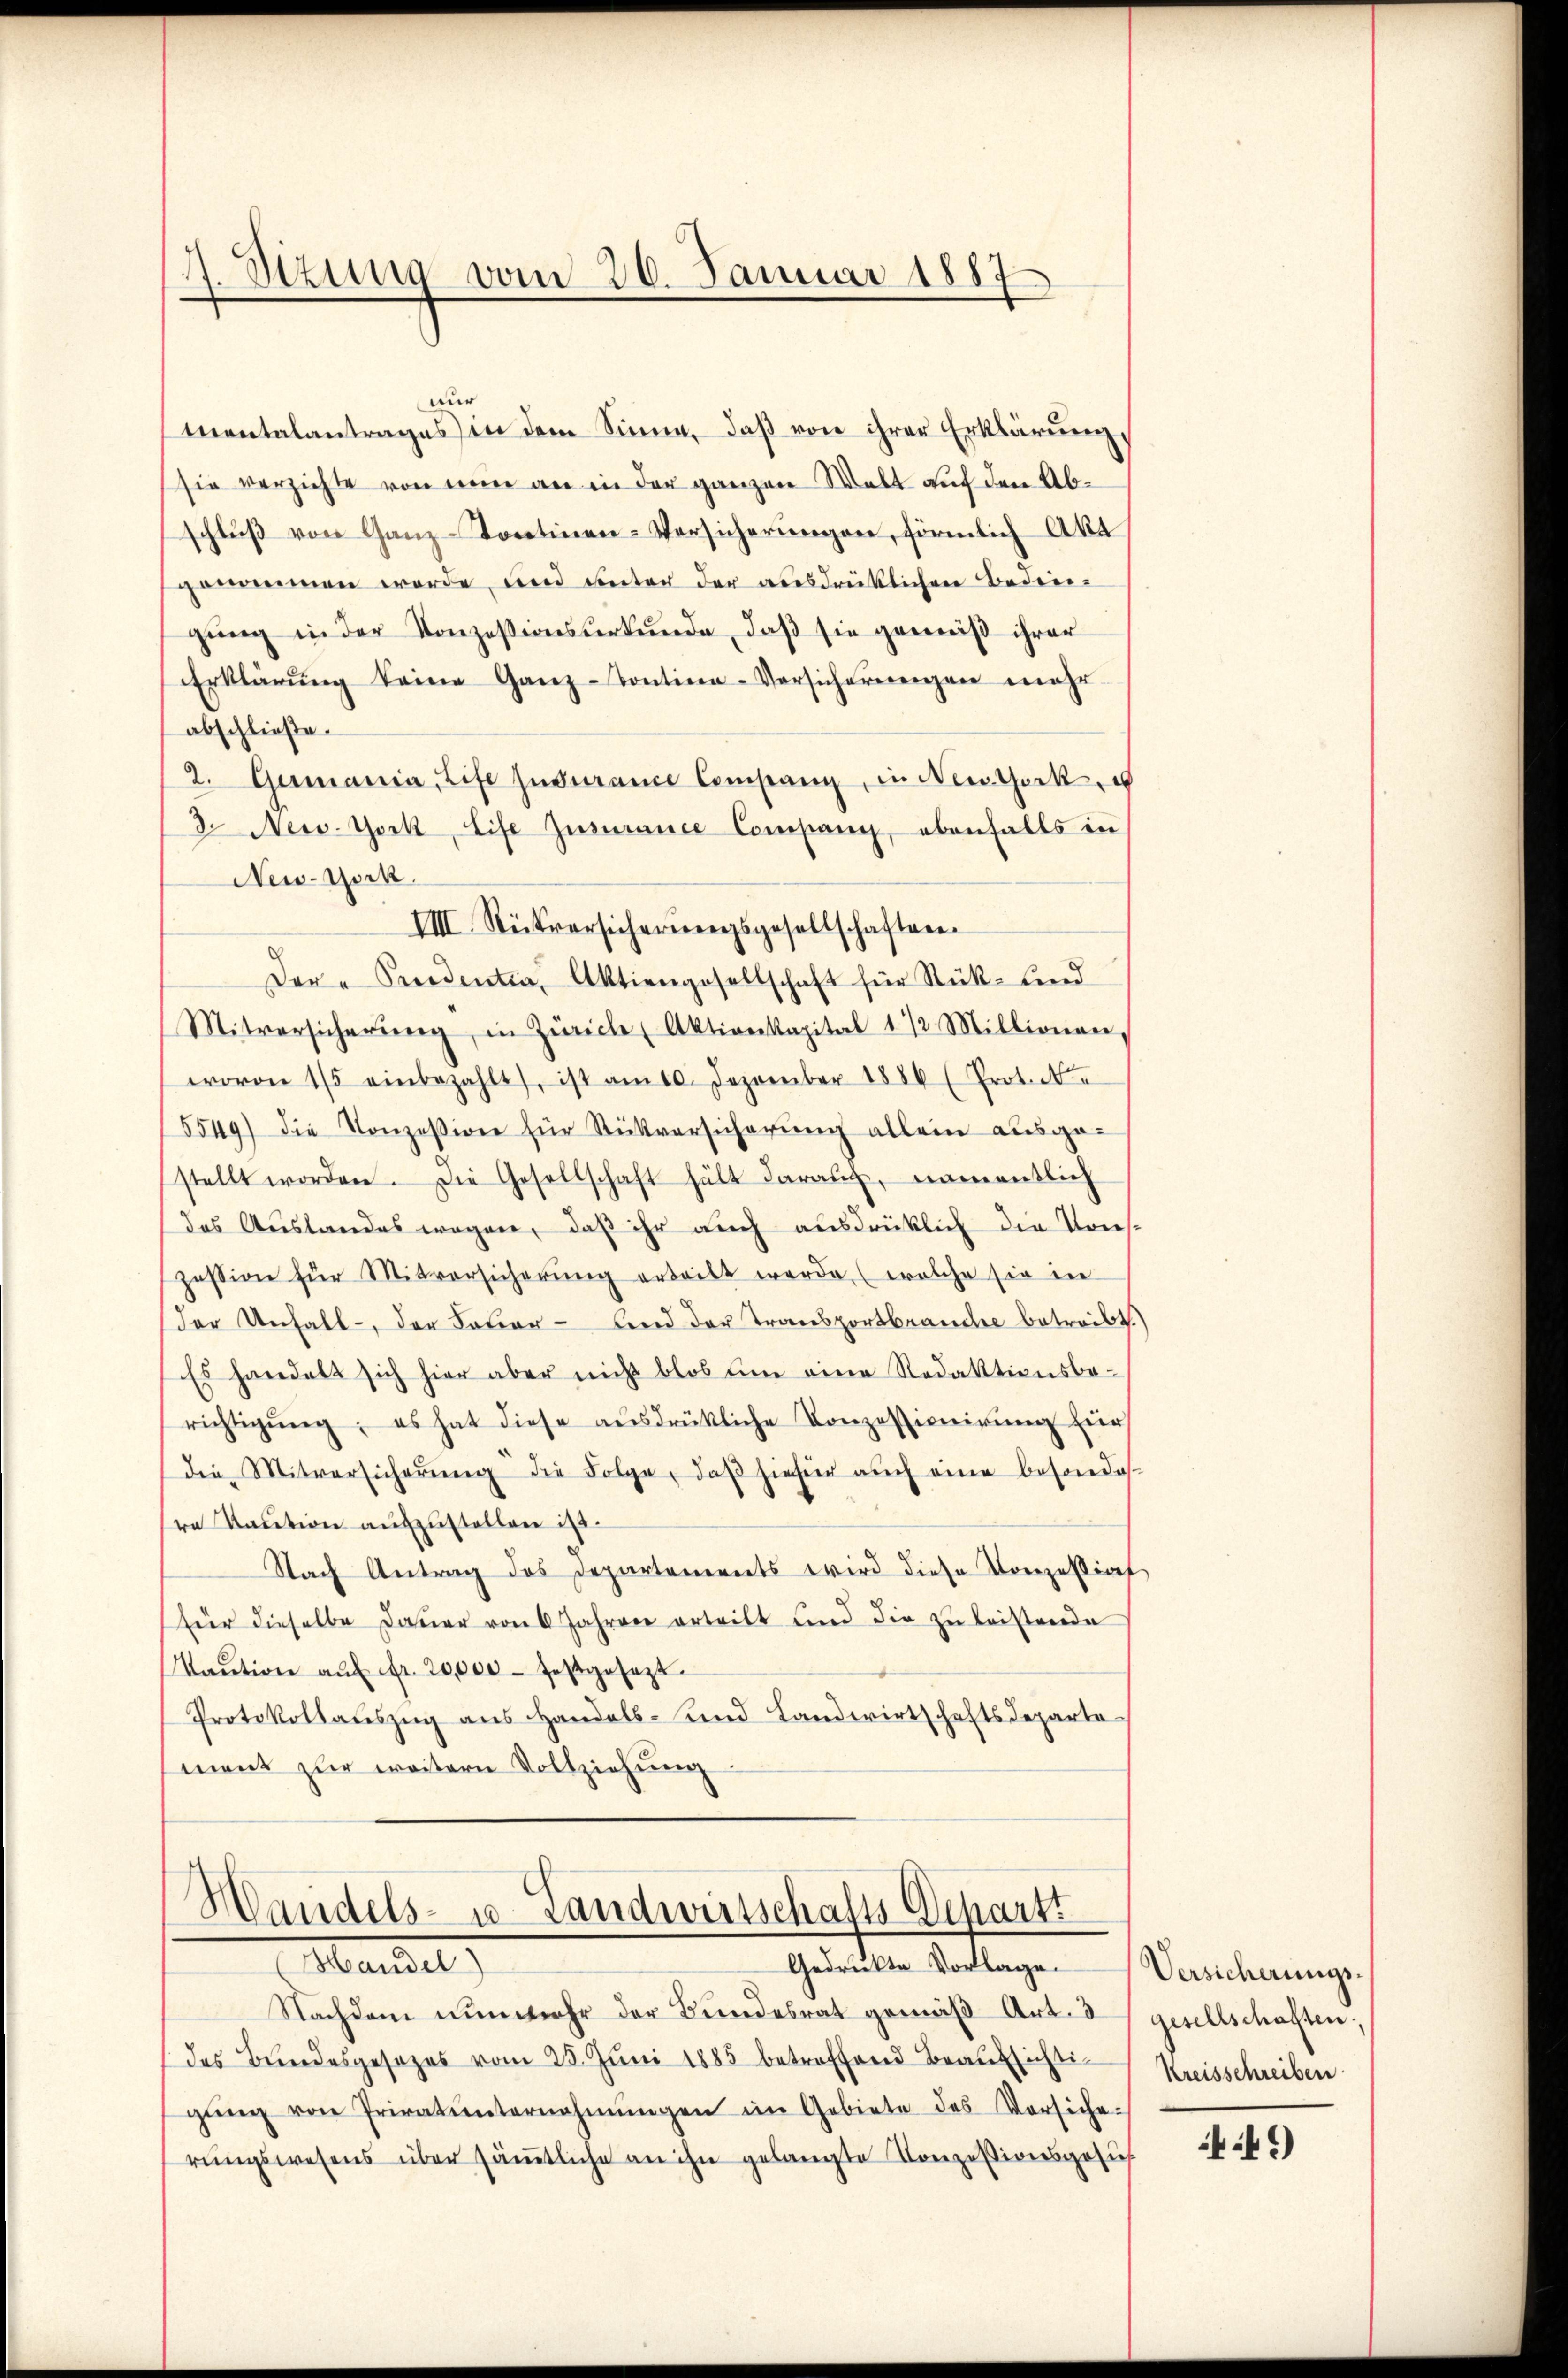
1. Situng vom 26. Januar 1887

nur
mentalantrages in dem Sinne, daβ von ihrer Erklärung
sie verzichte von nun an in der ganzen Welt auf den Abschlŭβ von Ganz-Kontinen-Versicherungen, förmlich Akt
genommen werde, und unter der ausdrücklichen Bediengung in der Konzessionsurkunde, daß sie gemäß ihrer
Erklärŭng keine Ganz-Contien-Versicherweigen mehr
abschließe.
2. Gumania, Life Indurance Constanz, in Neusterku
3 New-York, Life Zusurance Company, ebenfalls in
New-York.
IIII. Rückversicherŭngsgesellschaften.
Der "Preedentia, Aktiengesellschaft für Rück- und
Mitversicherŭng, in Zürich Aktienkapital 1 1/2 Millionen,
wovon 15 einbezahlt, ist am 10. Dezember 1886 (Prote
5549) die Konzession für Stückversicherŭng allein ausge-
stellt worden. Die Gesellschaft hält darauf, namentlich
das Austandes wegen, daß ihr auch ausdrücklich die Kons.
zession für Mitversicherŭng erteilt werde, (welche sie in
(der Unfall der Feuer- und der Transportbranche betreibt.
Es handelt sich hier aber nicht blos um eine Redaktionsbe-
richtigŭng, es hat diese aŭsdrükliche Konzessionirŭng zur
die Mitversicherŭng die Folge, daβ hiefür auch eine besondes-
re Kaution aufzustellen ist.
Nach Antrag des Departements wird diese Konzessinf
für dieselbe Dauer von 6 Jahren erteilt und die zu leistende
Taŭtion aŭf fr. 20,000 festgesezt
Protokollauszug aus Handels- und Landwirtschaftsdeparte
ment zur weitern Vollziehung

Handels- u. Landwirtschafts-Schartt
Gedruckte Vorlage.
Mariel

Nachdem nunmehr der Bundesrat gemäß Art. 3
des Bundesgesezes vom 28. Juni 1885 betroffend Braussichtigŭng von Privatunternehmungen im Gebiete des Vorsiche-
rungswesens über sämtliche an ihn gelangte Konzessionsgesuch

Versicherungs-
gesellschaften.
Kreisschreiben

4